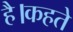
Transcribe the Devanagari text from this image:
है।कहते